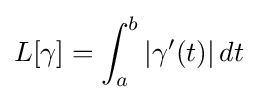
L[\gamma ]=\int _{a}^{b}|\gamma '(t)|\,dt